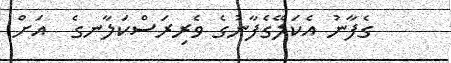
ގެފާނު އެކަލޭގެފާނުގެ ވެރިރަސްކަލާނގެ  އަށް